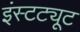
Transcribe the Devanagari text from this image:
इंस्‍टट्यूट